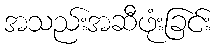
အသည်းအဆီဖုံးခြင်း